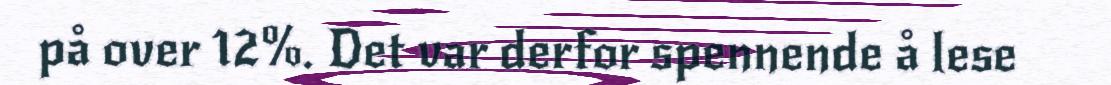
på over 12%. Det var derfor spennende å lese